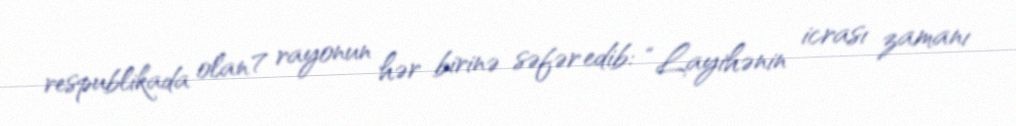
respublikada olan 7 rayonun hər birinə səfər edib: “Layihənin icrası zamanı